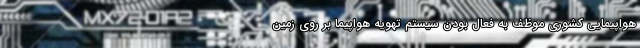
هواپیمایی کشوری موظف به فعال بودن سیستم تهویه هواپیما بر روی زمین